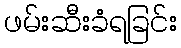
ဖမ်းဆီးခံရခြင်း